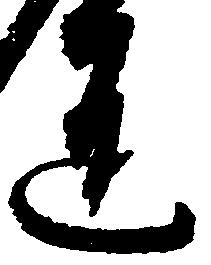
道